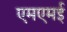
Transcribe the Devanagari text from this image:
एमएमई